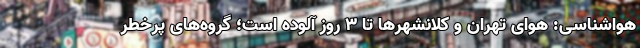
هواشناسی: هوای تهران و کلانشهرها تا 3 روز آلوده است؛ گروه‌های پرخطر